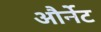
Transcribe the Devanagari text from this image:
और्नेट